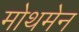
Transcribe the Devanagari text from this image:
मोथमेन